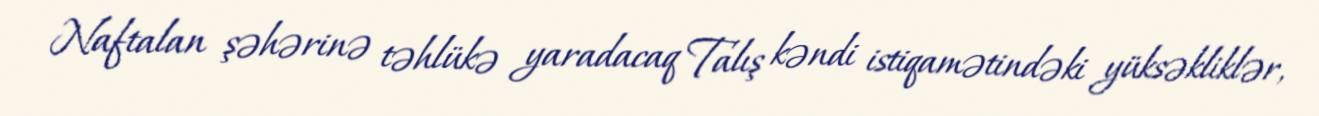
Naftalan şəhərinə təhlükə yaradacaq Talış kəndi istiqamətindəki yüksəkliklər,